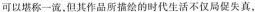
可以堪称一流，但其作品所描绘的时代生活不仅局促失真，